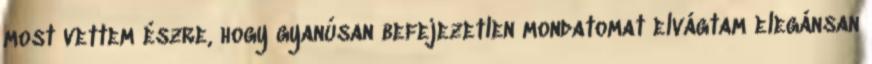
most vettem észre, hogy gyanúsan befejezetlen mondatomat elvágtam elegánsan